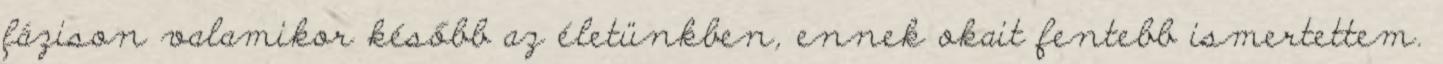
fázison valamikor később az életünkben, ennek okait fentebb ismertettem.